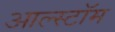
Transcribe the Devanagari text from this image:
आल्स्टॉम